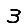
Digit: 3